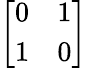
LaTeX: \left[\begin{array}{ll}{0}&{1}\\ {1}&{0}\end{array}\right]